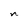
Character: n